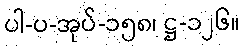
ပါ-ပ-အုပ်-၁၅၈၊ ဋ္ဌ-၁၂၆။